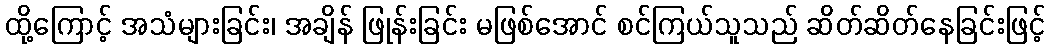
ထို့ကြောင့် အသံများခြင်း၊ အချိန် ဖြုန်းခြင်း မဖြစ်အောင် စင်ကြယ်သူသည် ဆိတ်ဆိတ်နေခြင်းဖြင့်